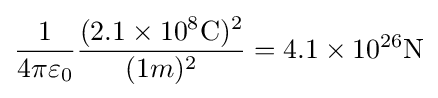
{1 \over 4\pi \varepsilon _{0}}{\frac {(2.1\times 10^{8}\mathrm {C} )^{2}}{(1m)^{2}}}=4.1\times 10^{26}\mathrm {N}